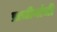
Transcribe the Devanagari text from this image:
प्राचीनांची